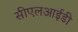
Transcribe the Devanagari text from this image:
सीएलआईडी